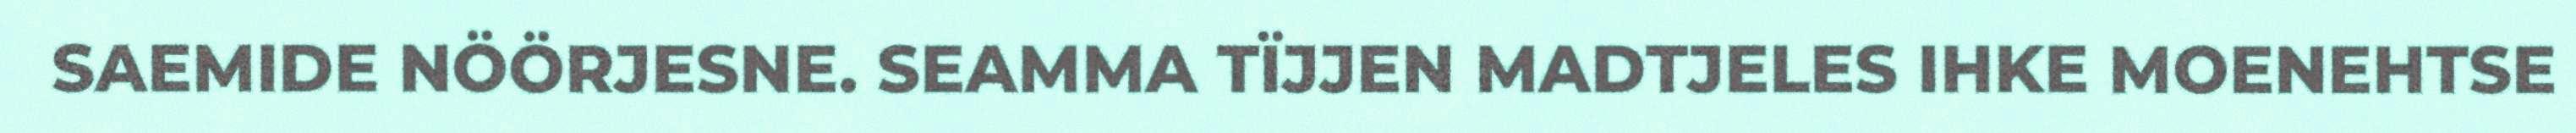
SAEMIDE NÖÖRJESNE. SEAMMA TÏJJEN MADTJELES IHKE MOENEHTSE